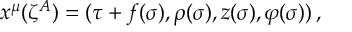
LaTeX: x ^ { \mu } ( \zeta ^ { A } ) = ( \tau + f ( \sigma ) , \rho ( \sigma ) , z ( \sigma ) , \varphi ( \sigma ) ) \, ,